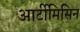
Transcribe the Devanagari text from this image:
आर्टीमिसिन